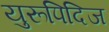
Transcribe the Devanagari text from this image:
युरूपिदिज